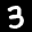
Label: 3